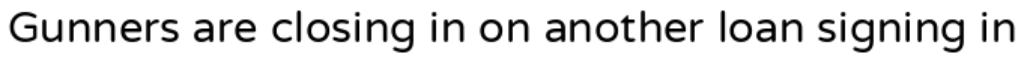
Gunners are closing in on another loan signing in